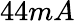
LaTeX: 44mA